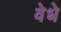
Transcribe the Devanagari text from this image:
वेधे